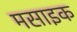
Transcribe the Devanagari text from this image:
मसाइक